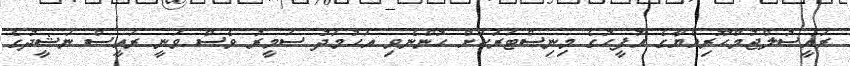
ރައީސުލްޖުމްހޫރިއްޔާގެ އޮފީހުގެ މިނިސްޓަރަކަށް ހުންނެވި އަހުމަދު ސަމީރު ވެސް ވަނީ ރައީސް ނަޝީދުގެ